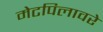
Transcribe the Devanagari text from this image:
मेटपिलावरे